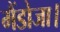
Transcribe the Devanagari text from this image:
मैंडोजा।